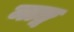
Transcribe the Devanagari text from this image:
माङ्ग